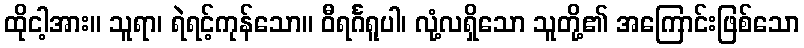
ထိုငါ့အား။ သူရာ၊ ရဲရင့်ကုန်သော။ ဝီရင်္ဂရူပါ၊ လုံ့လရှိသော သူတို့၏ အကြောင်းဖြစ်သော